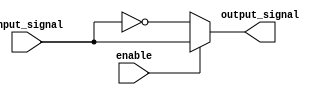
module active_low_buffer(
    input wire enable,
    input wire input_signal,
    output reg output_signal
);

always @ (enable, input_signal)
begin
    if (enable == 1'b0) // enable input is low
        output_signal <= ~input_signal; // invert input signal
    else // enable input is high
        output_signal <= input_signal; // output follows input signal without any changes
end

endmodule